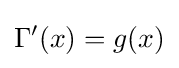
\Gamma '(x)=g(x)